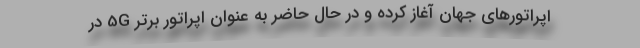
اپراتورهای جهان آغاز کرده و در حال حاضر به عنوان اپراتور برتر 5G در